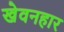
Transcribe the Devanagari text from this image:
खेवनहार